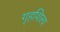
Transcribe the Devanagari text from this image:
गृहशिल्प